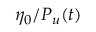
\eta _ { 0 } / P _ { u } ( t )